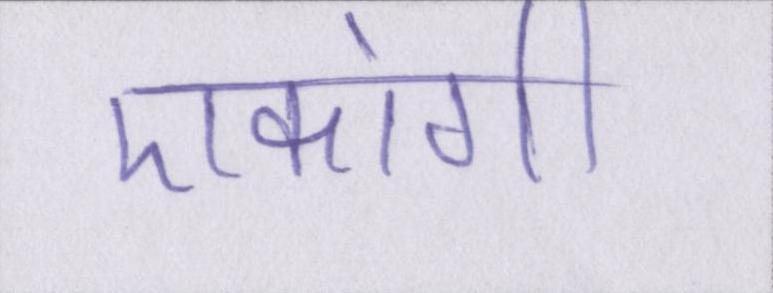
एकांगी